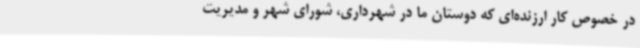
در خصوص کار ارزنده‌ای که دوستان ما در شهرداری، شورای شهر و مدیریت